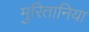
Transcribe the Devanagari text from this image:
मुरितानिया